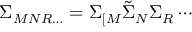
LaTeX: \Sigma _ { M N R \ldots } = \Sigma _ { [ M } \tilde { \Sigma } _ { N } \Sigma _ { R } \cdots